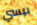
بيسي